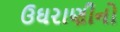
ઉઘરાણીનો